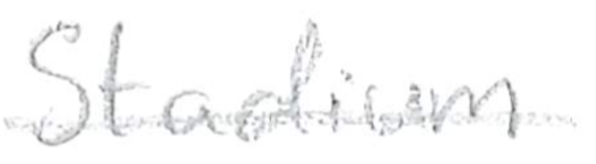
Text: Stadium
Cross-out: single-line
Writing tool: pencil